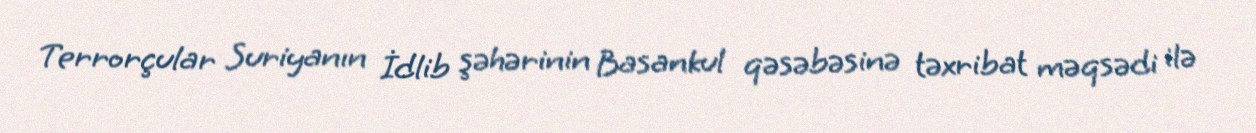
Terrorçular Suriyanın İdlib şəhərinin Basankul qəsəbəsinə təxribat məqsədi ilə